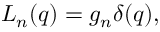
{ \cal L } _ { n } ( q ) = g _ { n } \delta ( q ) ,